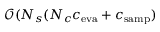
\mathcal { O } ( N _ { s } ( N _ { c } c _ { \mathrm { e v a } } + c _ { \mathrm { s a m p } } )